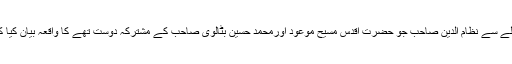
حضور انور نے ،حضرت مصلح موعود ؓ کے حوالے سے نظام الدین صاحب جو حضرت اقدس مسیح موعودؑ اورمحمد حسین بٹالوی صاحب کے مشترکہ دوست تھے کا واقعہ بیان کیا کہ جو حضورؑ سے متعلق نیک ظنی رکھتے تھے ۔